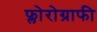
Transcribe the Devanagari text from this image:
फ्लोरोग्राफी